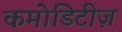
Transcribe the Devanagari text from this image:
कमोडिटीज़